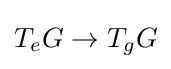
T_{e}G\to T_{g}G